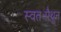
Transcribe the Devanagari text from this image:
स्वतःमैथुन